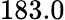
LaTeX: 183.0